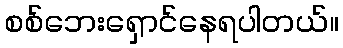
စစ်ဘေးရှောင်နေရပါတယ်။